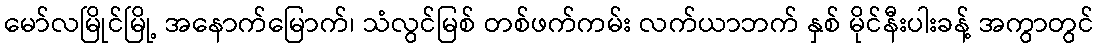
မော်လမြိုင်မြို့ အနောက်မြောက်၊ သံလွင်မြစ် တစ်ဖက်ကမ်း လက်ယာဘက် နှစ် မိုင်နီးပါးခန့် အကွာတွင်